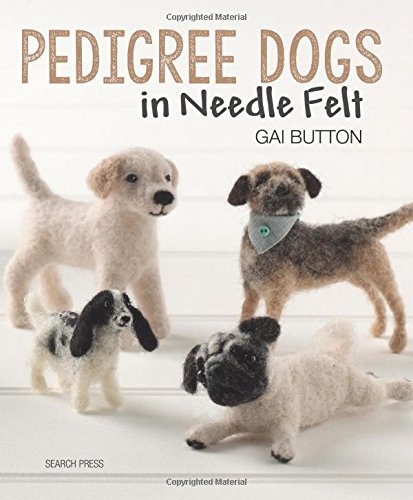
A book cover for Pedigree Dogs in Needlefelt; Gai Button; Crafts, Hobbies & Home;